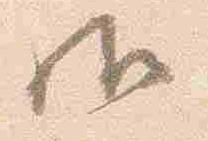
御